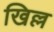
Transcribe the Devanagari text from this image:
खिल्ल